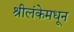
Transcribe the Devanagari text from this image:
श्रीलंकेमधून